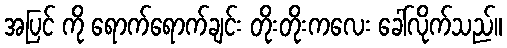
အပြင် ကို ရောက်ရောက်ချင်း တိုးတိုးကလေး ခေါ်လိုက်သည်။